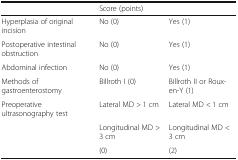
<table><thead><tr><td></td><td colspan="2"><b>Score (points)</b></td></tr></thead><tbody><tr><td>Hyperplasia of original incision</td><td>No (0)</td><td>Yes (1)</td></tr><tr><td>Postoperative intestinal obstruction</td><td>No (0)</td><td>Yes (1)</td></tr><tr><td>Abdominal infection</td><td>No (0)</td><td>Yes (1)</td></tr><tr><td>Methods of gastroenterostomy</td><td>Billroth I (0)</td><td>Billroth II or Roux-en-Y (1)</td></tr><tr><td>Preoperative ultrasonography test</td><td>Lateral MD &gt; 1 cm</td><td>Lateral MD &lt; 1 cm</td></tr><tr><td></td><td>Longitudinal MD &gt; 3 cm</td><td>Longitudinal MD &lt; 3 cm</td></tr><tr><td></td><td>(0)</td><td>(2)</td></tr></tbody></table>